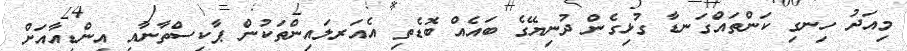
މިއަދު ހިނގި ކަންތައްގަނޑާ ގުޅިގެން ދުނިޔޭގެ ބައެއް ބޮޑެތި އެއަރލައިންތަކުން ޕާކިސްތާނާއި އިންޑިއާއަށް